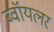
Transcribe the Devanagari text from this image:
ब्वॉयलर